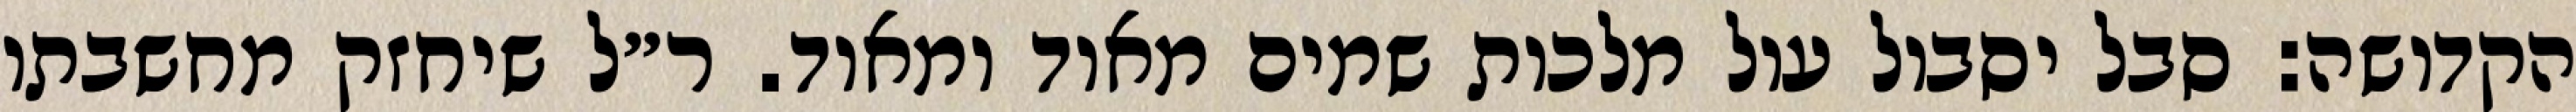
הקדושה: סבל יסבול עול מלכות שמים מאוד ומאוד. ר״ל שיחזק מחשבתו